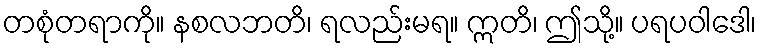
တစုံတရာကို။ နစလဘတိ၊ ရလည်းမရ။ ဣတိ၊ ဤသို့။ ပရပဝါဒေါ၊